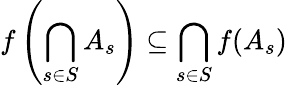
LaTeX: f\left(\bigcap_{s\in S}A_{s}\right)\subseteq\bigcap_{s\in S}f(A_{s})